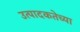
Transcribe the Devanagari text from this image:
उत्पादकतेच्या